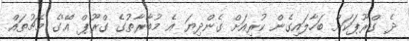
ދެ ގްރޫޕަކަށް ބަހާލައިގެން ކުރިއަށް ގެންދިޔަ އެ މުބާރާތުގެ ގްރޫޕް 'އޭ'ގެ މެޗުތައް